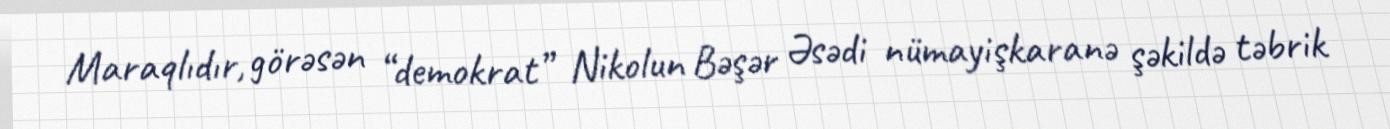
Maraqlıdır, görəsən “demokrat” Nikolun Bəşər Əsədi nümayişkaranə şəkildə təbrik